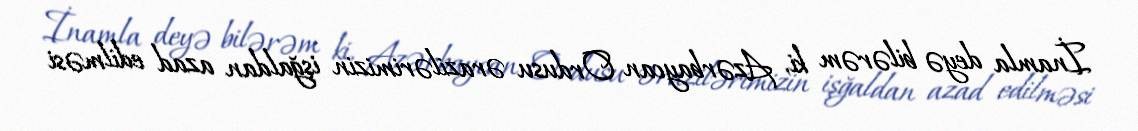
İnamla deyə bilərəm ki, Azərbaycan Ordusu ərazilərimizin işğaldan azad edilməsi